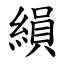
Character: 縜